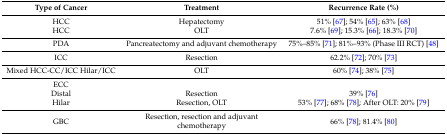
| Type of Cancer | Treatment | Recurrence Rate (%) |
 | --- | --- | --- |
 | HCC | Hepatectomy | 51% [67]; 54% [65]; 63% [68] |
 | HCC | OLT | 7.6% [69]; 15.3% [66]; 18.3% [70] |
 | PDA | Pancreatectomy and adjuvant chemotherapy | 75%–85% [71]; 81%–93% (Phase III RCT) [48] |
 | ICC | Resection | 62.2% [72]; 70% [73] |
 | Mixed HCC-CC/ICC Hilar/ICC | OLT | 60% [74]; 38% [75] |
 | ECC |  |  |
 | Distal | Resection | 39% [76] |
 | Hilar | Resection, OLT | 53% [77]; 68% [78]; After OLT: 20% [79] |
 | GBC | Resection, resection and adjuvant chemotherapy | 66% [78]; 81.4% [80] |